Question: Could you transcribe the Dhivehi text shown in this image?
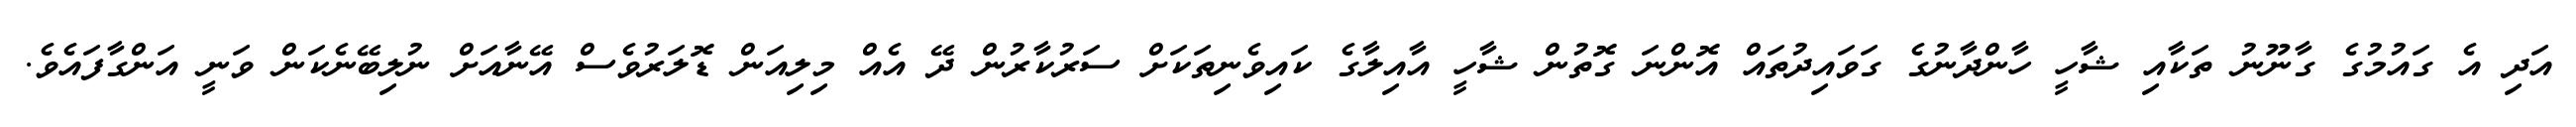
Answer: އަދި އެ ގައުމުގެ ގާނޫނު ތަކާއި ޝާހީ ހާންދާނުގެ ގަވައިދުތައް އޮންނަ ގޮތުން ޝާހީ އާއިލާގެ ކައިވެނިތަކަށް ސަރުކާރުން ދޭ އެއް މިލިއަން ޑޮލަރުވެސް އޭނާއަށް ނުލިބޭނެކަން ވަނީ އަންގާފައެވެ.